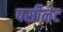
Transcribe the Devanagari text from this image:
पर्सीनेट